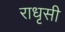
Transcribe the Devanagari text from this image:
राधृसी